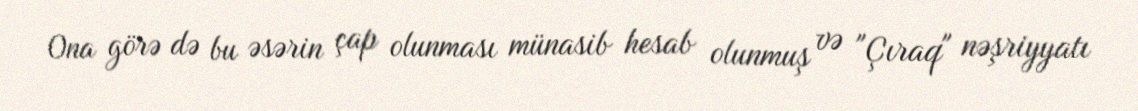
Ona görə də bu əsərin çap olunması münasib hesab olunmuş və "Çıraq" nəşriyyatı